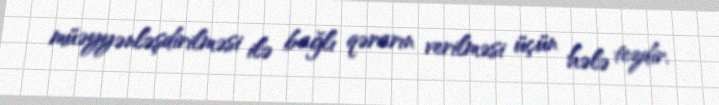
müəyyənləşdirilməsi ilə bağlı qərarın verilməsi üçün hələ tezdir.